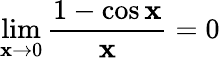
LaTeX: \lim\limits_{\mathbf{x}\rightarrow0}\frac{{1-\cos\mathbf{x}}}{{\mathbf{x}}}=0